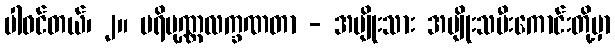
ပါဝင်တယ်၊ ၂။ ပရိပုဏ္ဏလက္ခဏတာ - အမျိုးသား အမျိုးသမီးကောင်းတို့မှာ